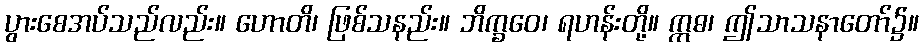
ပွားစေအပ်သည်လည်း။ ဟောတိ၊ ဖြစ်သနည်း။ ဘိက္ခဝေ၊ ရဟန်းတို့။ ဣဓ၊ ဤသာသနာတော်၌။